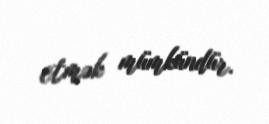
etmək mümkündür.